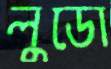
লুডো